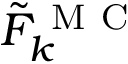
\tilde { F } _ { k } ^ { \mathrm { ~ M ~ C ~ } }